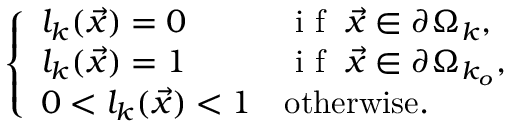
\left\{ \begin{array} { l l } { l _ { k } ( \vec { x } ) = 0 } & { \mathrm { ~ i ~ f ~ } \; \vec { x } \in \partial \Omega _ { k } , } \\ { l _ { k } ( \vec { x } ) = 1 } & { \mathrm { ~ i ~ f ~ } \; \vec { x } \in \partial \Omega _ { k _ { o } } , } \\ { 0 < l _ { k } ( \vec { x } ) < 1 } & { \mathrm { o t h e r w i s e } . } \end{array} \right.